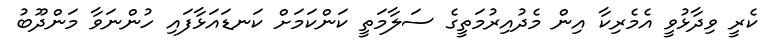
ކެރީ ވިދާޅުވީ އެމެރިކާ އިން މެދުއިރުމަތީގެ ސަލާމަތީ ކަންކަމަށް ކަނޑައަޅާފައި ހުންނަވާ މަންދޫބު